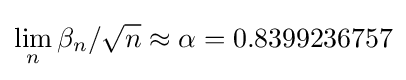
\lim _{n}\beta _{n}/{\sqrt {n}}\approx \alpha =0.8399236757